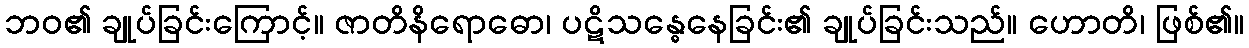
ဘဝ၏ ချုပ်ခြင်းကြောင့်။ ဇာတိနိရောဓော၊ ပဋိသန္ဓေနေခြင်း၏ ချုပ်ခြင်းသည်။ ဟောတိ၊ ဖြစ်၏။